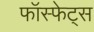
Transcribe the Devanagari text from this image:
फॉस्फेट्स